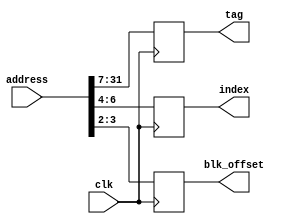
module cache_decoder(clk, address, tag, index, blk_offset);
    input clk;
    input [31:0] address;

    output reg [24:0] tag;
    output reg [2:0] index;
    output reg [1:0] blk_offset;

    always@(posedge clk)
    begin
        tag <= address[31:7];
        index <= address[6:4];
        blk_offset <= address[3:2];
    end
endmodule